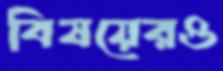
বিষয়েরও